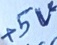
Text: +5V